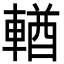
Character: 輶